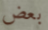
بعض